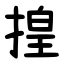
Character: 揘